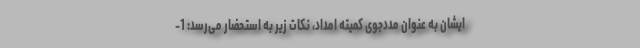
ایشان به عنوان مددجوی کمیته امداد، نکات زیر به استحضار می‌رسد: 1-